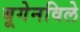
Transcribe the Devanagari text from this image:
बूगेनविले